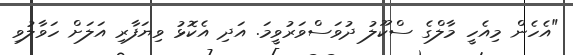
"އެހެން މިއެހީ މާލްގެ ސްކޫލު ދުވަސްވަރުވީމަ. އަދި އެކޮޅު ވިޔަފާރި އަލަށް ހަވާލުވި